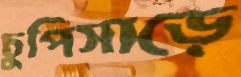
চুপিসাড়ে